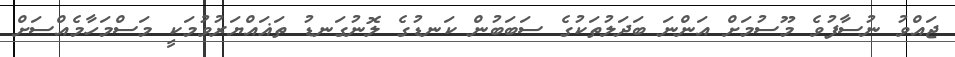
ޖައްވު ނުސާފުވެ މޫސުމަށް އަންނަ ބަދަލުތަކުގެ ސަބަބުން ކަނޑުގެ ލޮނުގަނޑު ތަޣައްޔަރުވުމަކީ މަސްމަހާމެއްސަށް